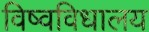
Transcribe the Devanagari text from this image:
विष्वविधालय